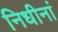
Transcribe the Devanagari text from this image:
निधीनां